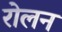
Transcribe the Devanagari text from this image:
रोलन